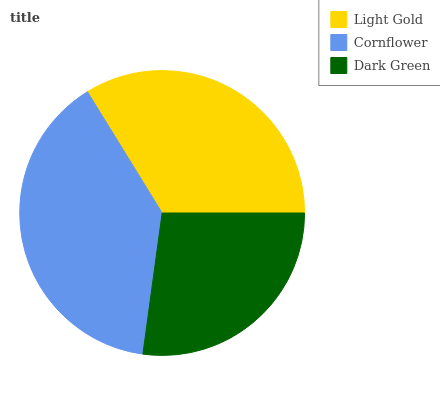
| Light Gold | Cornflower | Dark Green |
 | --- | --- | --- |
 | 33.8% | 39% | 27.2% |